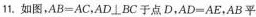
1。如图，$$AB=AC$$，$$AD\botBC$$于点D，$$AD=AE$$，AB平